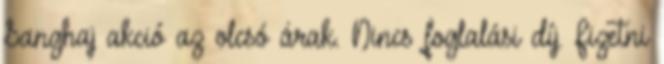
Sanghaj akció az olcsó árak. Nincs foglalási díj. Fizetni